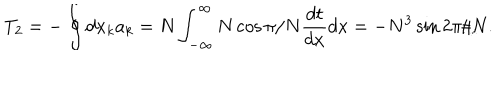
T _ { 2 } = - \oint d x _ { k } a _ { k } = N \int _ { - \infty } ^ { \infty } N \cos \pi / N \frac { d t } { d x } d x = - N ^ { 3 } \sin 2 \pi / N .